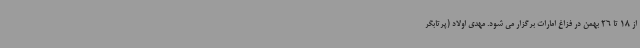
از 18 تا 26 بهمن در فزاغ امارات برگزار می شود. مهدی اولاد (پرتابگر